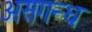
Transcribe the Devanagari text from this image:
असगन्ध